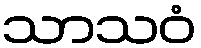
သာသဝံ